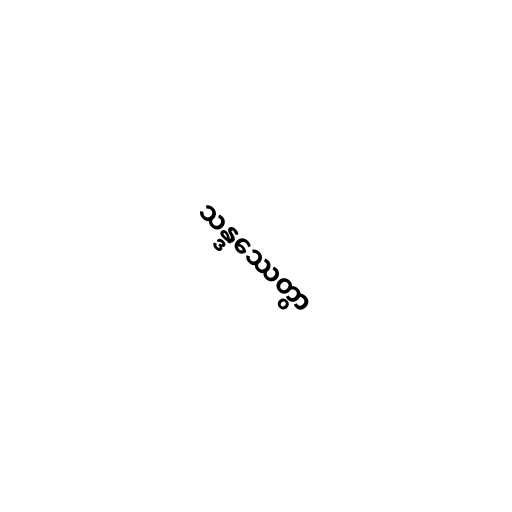
သန္ဒဿေတွာ